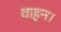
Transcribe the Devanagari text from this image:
वाहन।